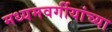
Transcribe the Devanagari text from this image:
मध्यमवर्गीयांच्या